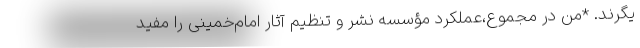
یگرند. *من در مجموع،عملکرد مؤسسه نشر و تنظیم آثار امام‌خمینی را مفید